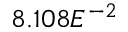
8 . 1 0 8 E ^ { - 2 }